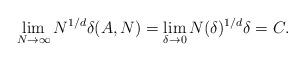
LaTeX: \begin{align*} \lim_{N\to \infty} N^{1/d} \delta(A, N)=\lim_{\delta\to 0} N(\delta)^{1/d} \delta=C. \end{align*}